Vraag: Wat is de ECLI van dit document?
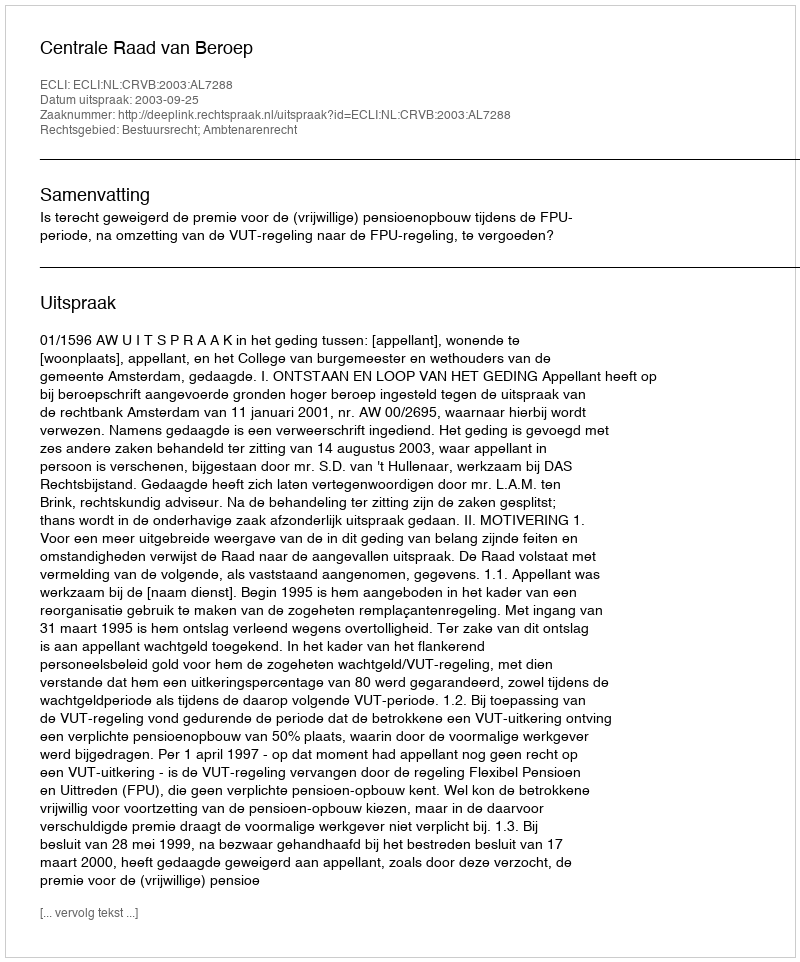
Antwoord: ECLI:NL:CRVB:2003:AL7288